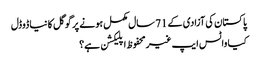
پاکستان کی آزادی کے 71 سال مکمل ہونے پر گوگل کا نیا ڈوڈل
کیا واٹس ایپ غیرمحفوظ اپلیکشن ہے؟